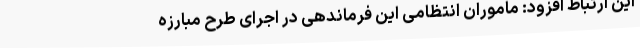
این ارتباط افزود: ماموران انتظامی این فرماندهی در اجرای طرح مبارزه